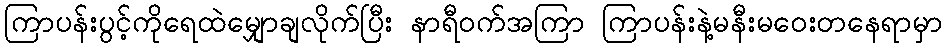
ကြာပန်းပွင့်ကိုရေထဲမျှောချလိုက်ပြီး နာရီဝက်အကြာ ကြာပန်းနဲ့မနီးမဝေးတနေရာမှာ